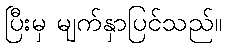
ပြီးမှ မျက်နှာပြင်သည်။